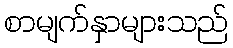
စာမျက်နှာများသည်